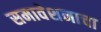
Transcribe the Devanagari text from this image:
समावेशनाचा